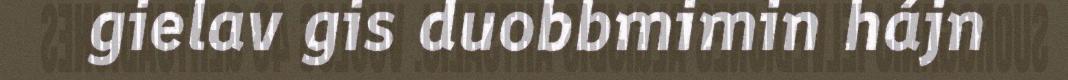
gielav gis duobbmimin hájn